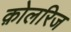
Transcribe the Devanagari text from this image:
क़ोलरिज